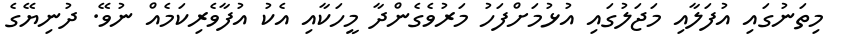
މިތަނުގައި އުފަލާއި މަޖަލުގައި އުޅުމަށްފަހު މަރުވެގެންދާ މީހަކާއި އެކު އުފާވެރިކަމެއް ނުވޭ. ދުނިޔޭގެ